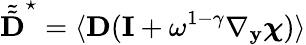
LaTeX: \tilde{\tilde{\textbf{D}}}^{\star}=\langle\textbf{D}(\mathbf I+\omega^{1-\gamma}\nabla_{\mathbf y}\boldsymbol{\chi})\rangle